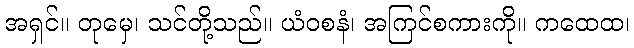
အရှင်။ တုမှေ၊ သင်တို့သည်။ ယံဝစနံ၊ အကြင်စကားကို။ ကထေထ၊